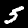
Digit: 5